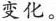
变化。